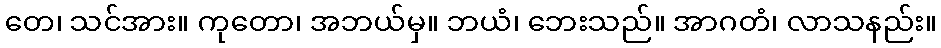
တေ၊ သင်အား။ ကုတော၊ အဘယ်မှ။ ဘယံ၊ ဘေးသည်။ အာဂတံ၊ လာသနည်း။